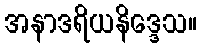
အနာဒရိယနိဒ္ဒေသ။